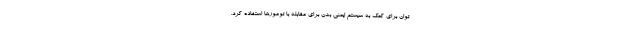
توان برای کمک به سیستم ایمنی بدن برای مقابله با تومورها استفاده کرد.